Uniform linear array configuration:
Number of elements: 64
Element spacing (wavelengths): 0.5
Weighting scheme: blackman
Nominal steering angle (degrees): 0
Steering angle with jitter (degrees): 0.557
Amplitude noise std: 0.05
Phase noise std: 0.05

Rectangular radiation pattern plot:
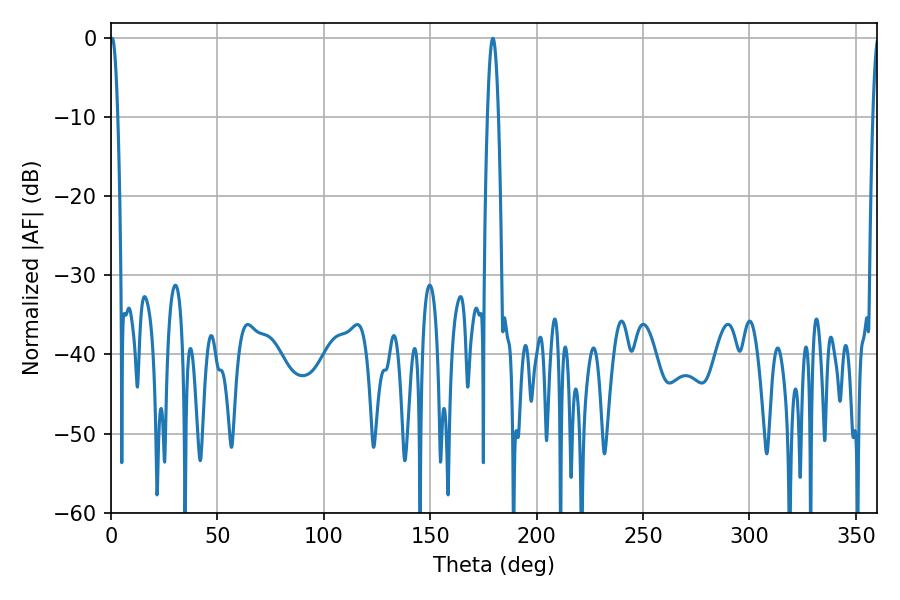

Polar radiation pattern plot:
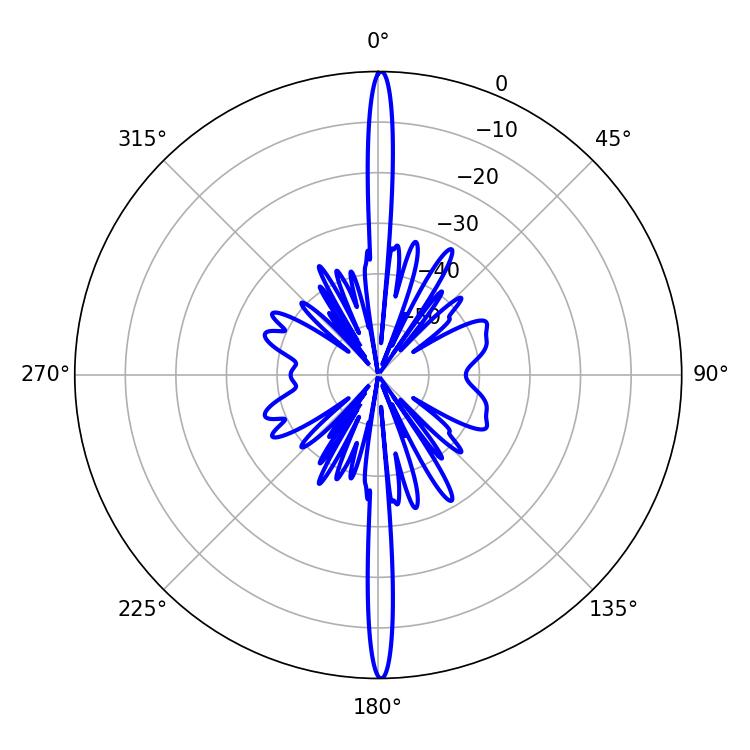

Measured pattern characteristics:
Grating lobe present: FALSE
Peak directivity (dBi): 32.468
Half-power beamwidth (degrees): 1.98
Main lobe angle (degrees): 0.54